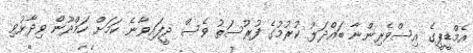
އެމްޑީޕީގެ އިސްވެރިންނާ ބައްދަލު ކުރުމުގެ ފުރުސަތު ވެސް ދީފައިވާނެ ކަމަށް ހަމްދޫން ވިދާޅުވި